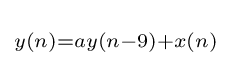
\scriptstyle y(n)=ay(n-9)+x(n)